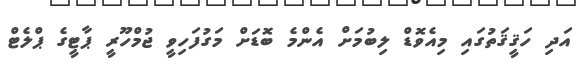
އަދި ހަޤީޤަތުގައި މިއެވޮޑް ލިބުމަށް އެންމެ ބޮޑަށް މަގުފަހިވީ ޖުމްހޫރީ ޕާޓީގެ ޕްލެޓް